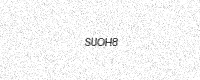
Text: SUOH8